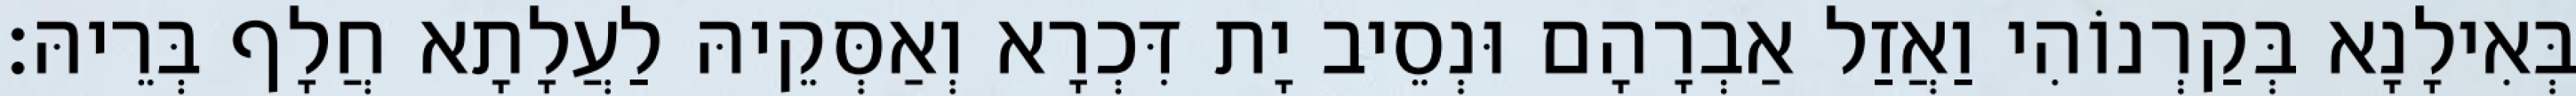
בְּאִילָנָא בְּקַרְנוֹהִי וַאֲזַל אַבְרָהָם וּנְסֵיב יָת דִּכְרָא וְאַסְּקֵיהּ לַעֲלָתָא חֲלָף בְּרֵיהּ׃